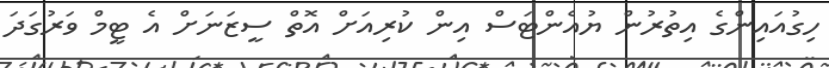
ހިގުއައިންގެ އިތުރުން ޔުއެންޓަސް އިން ކުރިއަށް އޮތް ސީޒަނަށް އެ ޓީމް ވަރުގަދަ